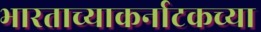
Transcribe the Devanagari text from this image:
भारताच्याकर्नाटकच्या